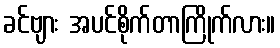
ခင်ဗျား အပင်စိုက်တာကြိုက်လား။